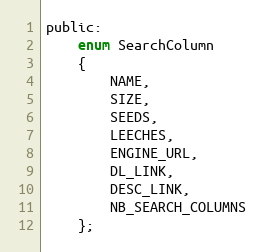
Language: C
public:
    enum SearchColumn
    {
        NAME,
        SIZE,
        SEEDS,
        LEECHES,
        ENGINE_URL,
        DL_LINK,
        DESC_LINK,
        NB_SEARCH_COLUMNS
    };